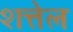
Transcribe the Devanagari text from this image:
शत्तेल